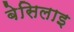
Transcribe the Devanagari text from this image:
बेसिलाइ